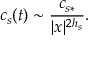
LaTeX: c _ { s } ( t ) \sim \frac { c _ { s * } } { | x | ^ { 2 h _ { s } } } .